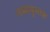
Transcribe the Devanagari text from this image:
नम्मपुस्तक